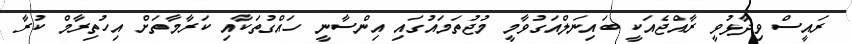
ރައީސް ވިދާޅުވީ ރާއްޖެއަކީ ބައިނަލްއަގުވާމީ މުޖުތަމައުގައި އިންސާނީ ހައްގުތަކާއި ކަރާމާތަށް އިހުތިރާމް ކުރާ